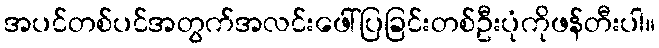
အပင်တစ်ပင်အတွက်အလင်းဖေါ်ပြခြင်းတစ်ဦးပုံကိုဖန်တီးပါ။